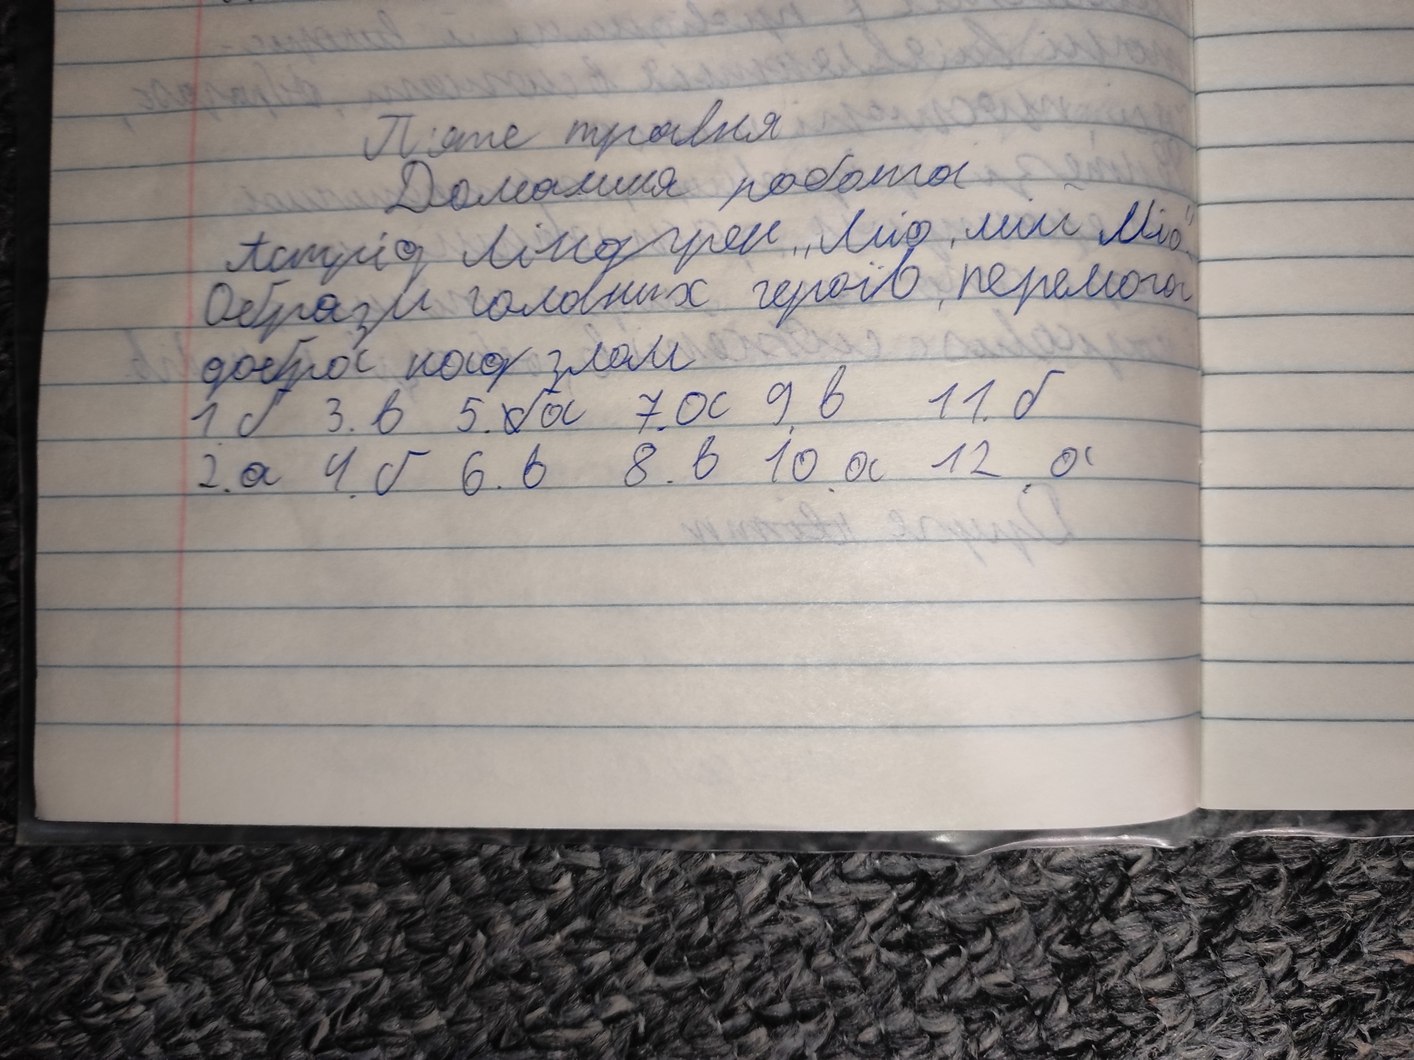
П'яте травня
Домашня робота
Астрід Ліндгрен „Міо, мій Міо"
Образи головних героїв, перемога
добра над злом
1. б 3.в 5.~~б~~а 7. а 9. в 11.б
2. a 4. б 6. в 8. в 10. а 12. а